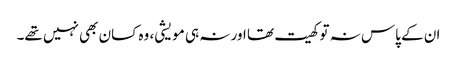
ان کے پاس نہ تو کھیت تھا اور نہ ہی مویشی، وہ کسان بھی نہیں تھے۔